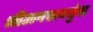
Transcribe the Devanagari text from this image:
श्रीअगस्त्यकुंड